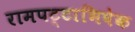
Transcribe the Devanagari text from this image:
रामपट्टाभिषेक